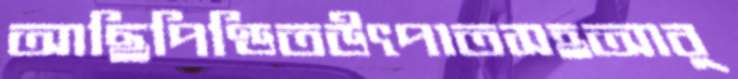
আছিপিণ্ডিতউৎপাতসহআর্